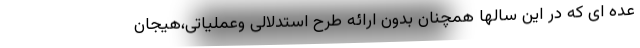
عده ای که در این سالها همچنان بدون ارائه طرح استدلالی وعملیاتی،هیجان